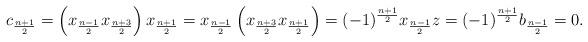
LaTeX: \begin{align*} c_{\frac{n+1}{2}} = \left(x_{\frac{n-1}{2}}x_{\frac{n+3}{2}}\right)x_{\frac{n+1}{2}} = x_{\frac{n-1}{2}}\left(x_{\frac{n+3}{2}}x_{\frac{n+1}{2}}\right) = (-1)^{\frac{n+1}{2}}x_{\frac{n-1}{2}}z = (-1)^{\frac{n+1}{2}}b_{\frac{n-1}{2}} = 0. \end{align*}